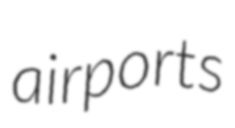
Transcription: airports